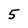
Character: 5